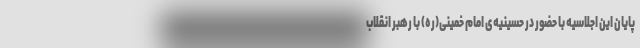
پایان این اجلاسیه با حضور در حسینیه‌ی امام خمینی(ره) با رهبر انقلاب